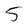
Character: 5